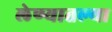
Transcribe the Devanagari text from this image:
लेण्यातल्या